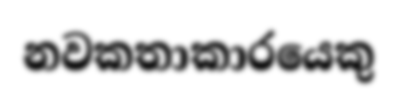
නවකතාකාරයෙකු